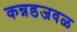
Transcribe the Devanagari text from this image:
कन्नडजवळ